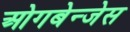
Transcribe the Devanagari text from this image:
ओगबेन्जेस